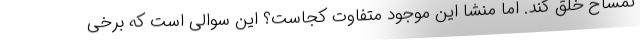
تمساح خلق کند. اما منشا این موجود متفاوت کجاست؟ این سوالی است که برخی